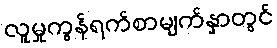
လူမှုကွန်ရက်စာမျက်နှာတွင်